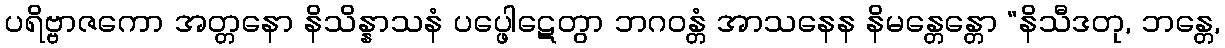
ပရိဗ္ဗာဇကော အတ္တနော နိသိန္နာသနံ ပပ္ဖေါဋေတွာ ဘဂဝန္တံ အာသနေန နိမန္တေန္တော “နိသီဒတု, ဘန္တေ,